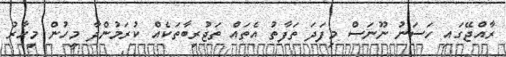
ރާއްޖޭގައި ހަސަނު ނޫނަސް މިފަދަ ތަފާތު އެތައް ތަޖުރިބާތަކެއް ކުރަމުންދާ މީހުން މިހާރު